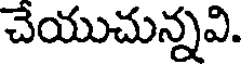
చేయుచున్నవి.